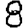
Digit: 8